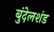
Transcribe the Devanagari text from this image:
बुंदेलशंड